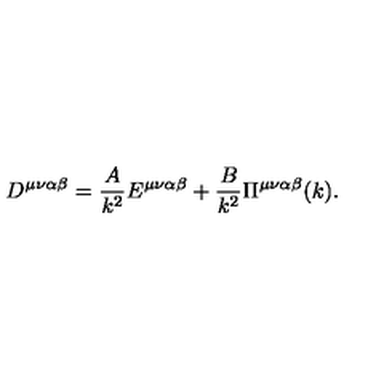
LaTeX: D ^ { \mu \nu \alpha \beta } = \frac { A } { k ^ { 2 } } E ^ { \mu \nu \alpha \beta } + \frac { B } { k ^ { 2 } } \Pi ^ { \mu \nu \alpha \beta } ( k ) .